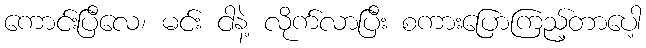
ကောင်းပြီလေ၊ မင်း ငါနဲ့ လိုက်လာပြီး စကားပြောကြည့်တာပေါ့